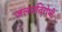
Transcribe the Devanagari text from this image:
जलप्रतिरोधी